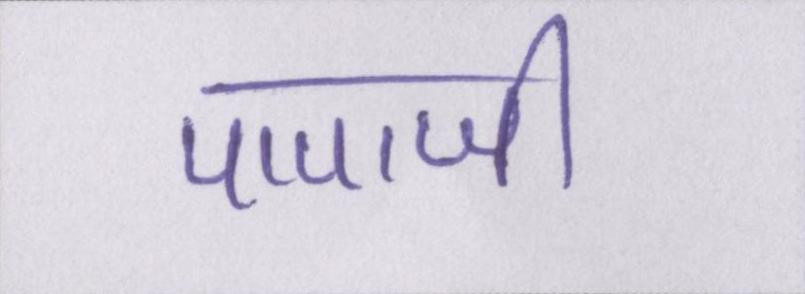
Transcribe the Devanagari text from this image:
पापाजी